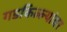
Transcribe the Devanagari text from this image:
गडकिल्ल्यांवर